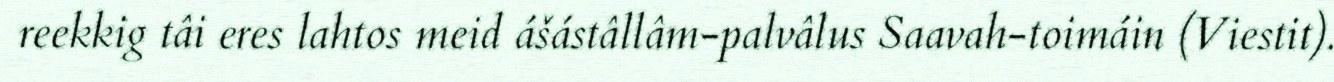
reekkig tâi eres lahtos meid ášástâllâm-palvâlus Saavah-toimáin (Viestit).